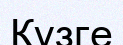
Күзге